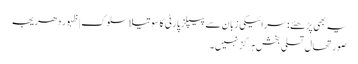
یہ بھی پڑھئے: سرائیکی زبان سے پیپلز پارٹی کا سوتیلا سلوک | ظہور دھریجہ
صورتحال تسلی بخش ہرگز نہیں۔